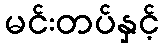
မင်းတပ်နှင့်